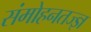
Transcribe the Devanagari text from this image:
संमोहनतज्‍ज्ञ